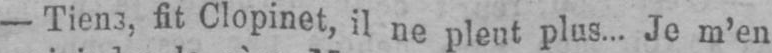
fit Clopinet, il ne pleut plus... Je m’en